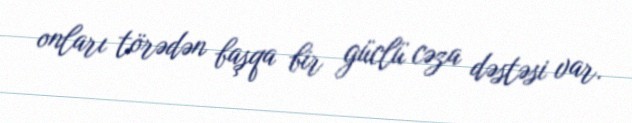
onları törədən başqa bir güclü cəza dəstəsi var.